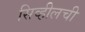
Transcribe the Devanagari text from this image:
सिव्हीलची